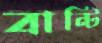
বান্টি